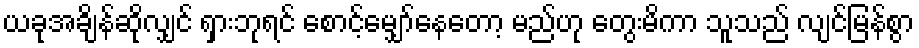
ယခုအချိန်ဆိုလျှင် ရှားဘုရင် စောင့်မျှော်နေတော့ မည်ဟု တွေးမိကာ သူသည် လျင်မြန်စွာ